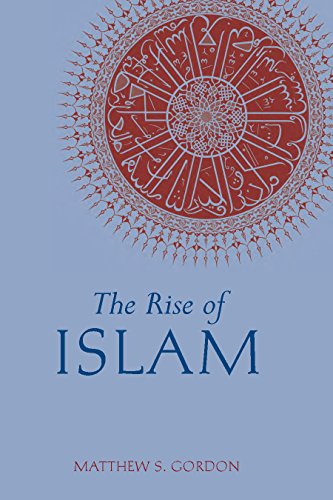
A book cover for The Rise of Islam (Greenwood Guides to Historic Events of the Medieval World); Matthew S. Gordon; Religion & Spirituality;